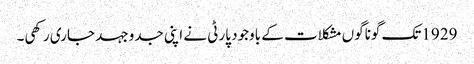
1929تک گوناگوں مشکلات کے باوجود پارٹی نے اپنی جدوجہد جاری رکھی۔